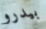
بيدرو